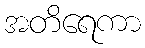
အတိရေကာ